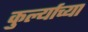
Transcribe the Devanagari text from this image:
कुर्ल्याच्या